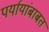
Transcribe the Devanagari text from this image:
पर्यायांबाबत